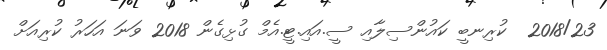
2018/23  ކުރިނބީ ކައުންސިލާއި ސީ.އައި.ޓީ.އެމް ގުޅިގެން 2018 ވަނަ އަހަރު ކުރިއަށް